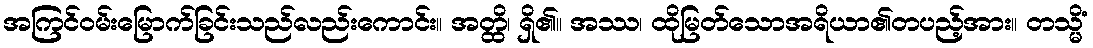
အကြင်ဝမ်းမြောက်ခြင်းသည်လည်းကောင်း။ အတ္ထိ၊ ရှိ၏။ အဿ၊ ထိုမြတ်သောအရိယာ၏တပည့်အား။ တသ္မိံ